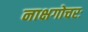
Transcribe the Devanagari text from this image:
नाक्षगोचरः